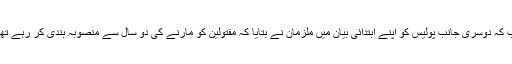
جب کہ دوسری جانب پولیس کو اپنے ابتدائی بیان میں ملزمان نے بتایا کہ مقتولین کو مارنے کی دو سال سے منصوبہ بندی کر رہے تھے۔